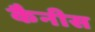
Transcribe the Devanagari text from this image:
कैनीस